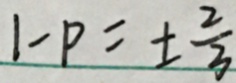
1 - p = \pm \frac { 2 } { 3 }